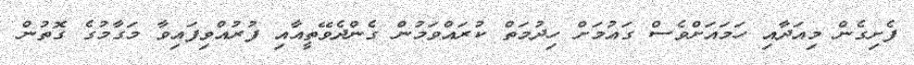
ފެށިގެން މިއަދާއި ހަމައަށްވެސް ގައުމަށް ހިދުމަތް ކުރައްވަމުން ގެންދެވޭތީއާއި ފުރުއްވިފައިވާ މަގާމުގެ ގޮތުން